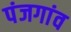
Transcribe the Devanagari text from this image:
पंजगांव